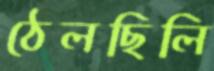
ঠেলছিলি